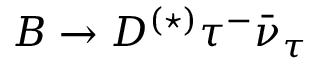
B \to D ^ { ( \star ) } \tau ^ { - } \bar { \nu } _ { \tau }